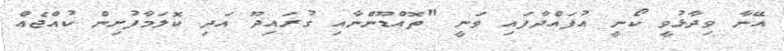
އޭނާ ވިދާޅުވީ ކޯނީ އުފައްދާފައި ވަނީ "ތޮއްޑޫންނާއި ގުރައިދޫ އަދި ކޮލަމާފުށިން ކުއްޖެއް